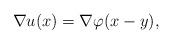
LaTeX: \begin{align*} \nabla u(x) = \nabla\varphi(x-y), \end{align*}